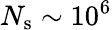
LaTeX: N_{\mathrm{s}}\sim 10^{6}